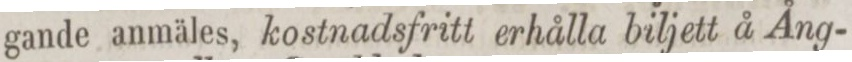
gande anmäles, kostnadsfritt erhålla biljett å Ång-